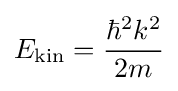
E_{\mathrm {kin} }={\frac {\hbar ^{2}k^{2}}{2m}}